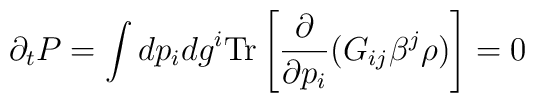
\partial_t P=\int dp_i dg^i {\rm Tr}\left[{\partial\over\partial p_i}(G_{ij}\beta^j\rho)\right]=0